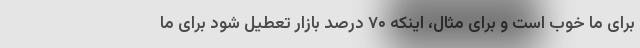
برای ما خوب است و برای مثال، اینکه ۷۰ درصد بازار تعطیل شود برای ما